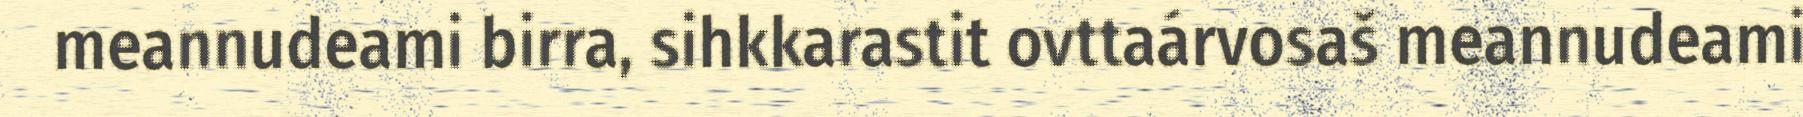
meannudeami birra, sihkkarastit ovttaárvosaš meannudeami